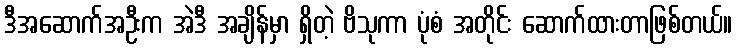
ဒီအဆောက်အဦးက အဲဒီ အချိန်မှာ ရှိတဲ့ ဗိသုကာ ပုံစံ အတိုင်း ဆောက်ထားတာဖြစ်တယ်။